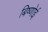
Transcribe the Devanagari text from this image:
बिष्णोई